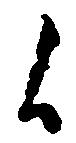
候